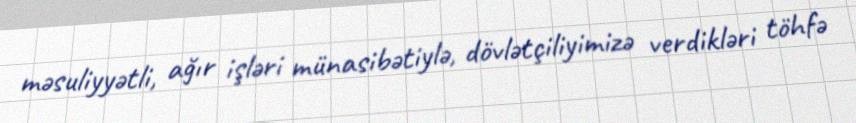
məsuliyyətli, ağır işləri münasibətiylə, dövlətçiliyimizə verdikləri töhfə